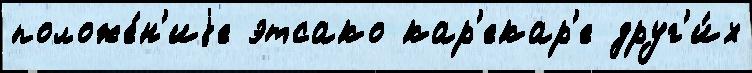
положе́н'иjе этсако кар'екар'е друг'и́х